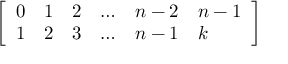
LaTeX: \left[ \begin{array} { l l l l l l } { 0 } & { 1 } & { 2 } & { \dots } & { n - 2 } & { n - 1 } \\ { 1 } & { 2 } & { 3 } & { \dots } & { n - 1 } & { k } \end{array} \right]